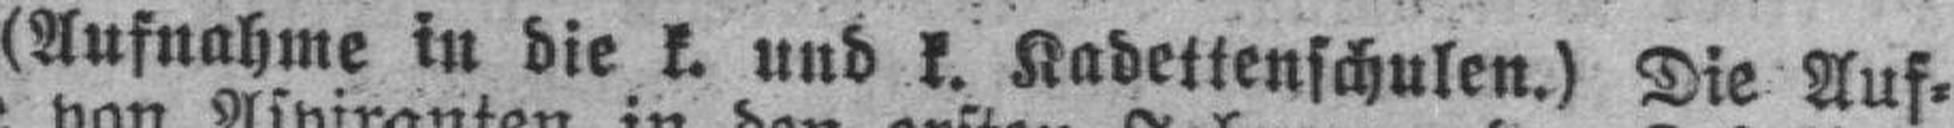
(Aufnahme in die k. und k. Kadettenschulen.) Die Auf¬